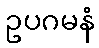
ဥပဂမနံ